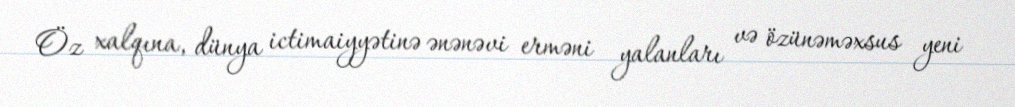
Öz xalqına, dünya ictimaiyyətinə ənənəvi erməni yalanları və özünəməxsus yeni